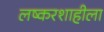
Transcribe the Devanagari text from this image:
लष्करशाहीला